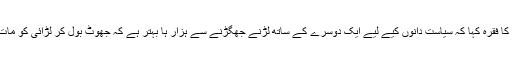
تو اس نے کمال کا فقرہ کہا کہ سیاست دانوں کیے لیے ایک دوسرے کے ساتھ لڑنے جھگڑنے سے ہزار ہا بہتر ہے کہ جھوٹ بول کر لڑائی کو مات دے دی جائے۔